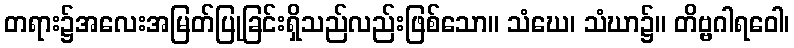
တရား၌အလေးအမြတ်ပြုခြင်းရှိသည်လည်းဖြစ်သော။ သံဃေ၊ သံဃာ၌။ တိဗ္ဗဂါရဝေါ၊